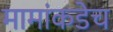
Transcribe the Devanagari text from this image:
मामांकडेच